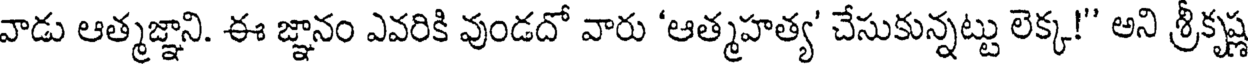
వాడు ఆత్మజ్ఞాని. ఈ జ్ఞానం ఎవరికి వుండదో వారు 'ఆత్మహత్య' చేసుకున్నట్టు లెక్క!" అని శ్రీకృష్ణ